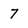
Character: 7